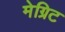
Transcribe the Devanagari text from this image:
मेग्रिट